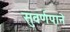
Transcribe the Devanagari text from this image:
सुवर्णपाने